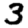
Digit: 3